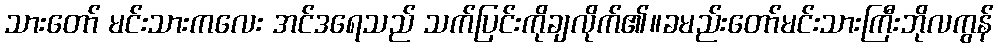
သားတော် မင်းသားကလေး အင်ဒရေသည် သက်ပြင်းကိုချလိုက်၏။ခမည်းတော်မင်းသားကြီးဘိုလကွန်